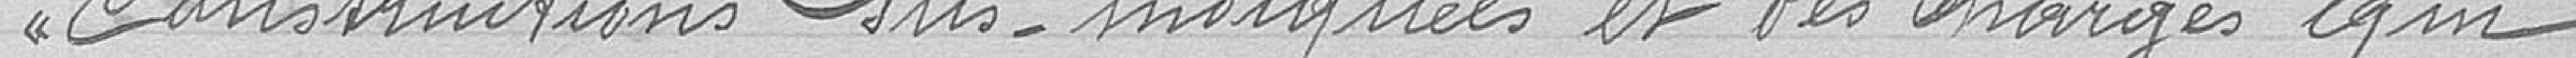
constructions sus-indiquées et des charges acquises